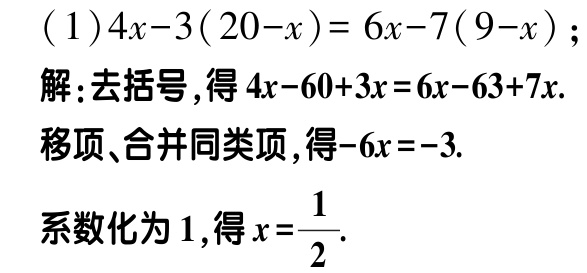
\[(1)4x - 3(20 - x)=6x - 7(9 - x);\]

解：去括号，得\(4x - 60 + 3x = 6x - 63 + 7x\).

移项、合并同类项，得\(-6x = -3\).

系数化为\(1\)，得\(x=\dfrac{1}{2}\).